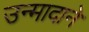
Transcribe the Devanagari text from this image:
उन्मादाने